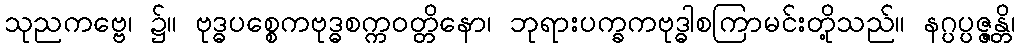
သုညကဗ္ဗေ၊ ၌။ ဗုဒ္ဓပစ္စေကဗုဒ္ဓစက္ကဝတ္တိနော၊ ဘုရားပက္ခကဗုဒ္ဓါစကြာမင်းတို့သည်။ နဂ္ပပ္ပဇ္ဇန္တိ၊